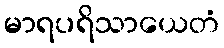
မာရပရိသာယေတံ